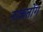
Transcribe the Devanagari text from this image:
नाकतोंग